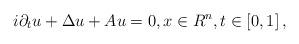
LaTeX: \begin{align*}i\partial _{t}u+\Delta u+Au=0,x\in R^{n},t\in \left[ 0,1\right] , \end{align*}